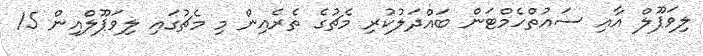
ލިވަޕޫލް އާއި ސައުތްހެމްޓަން ބައްދަލުކުރި މެޗުގެ ތެރެއިން މި މެޗުގައި ލިވަޕޫލްއިން 15